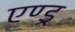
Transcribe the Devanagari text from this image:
एण्ड्र